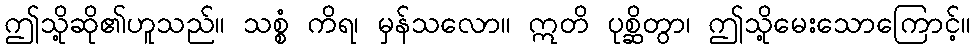
ဤသို့ဆို၏ဟူသည်။ သစ္စံ ကိရ၊ မှန်သလော။ ဣတိ ပုစ္ဆိတွာ၊ ဤသို့မေးသောကြောင့်။